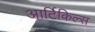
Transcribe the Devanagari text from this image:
आर्टिकिल्स